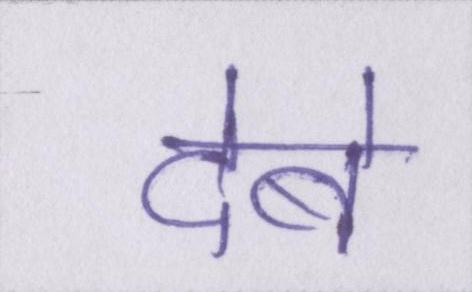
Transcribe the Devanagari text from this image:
देबे